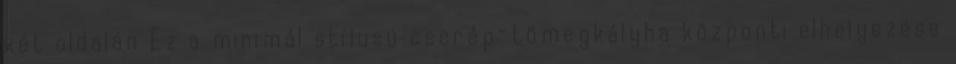
két oldalán Ez a minimál stílusú cserép-tömegkályha központi elhelyezése